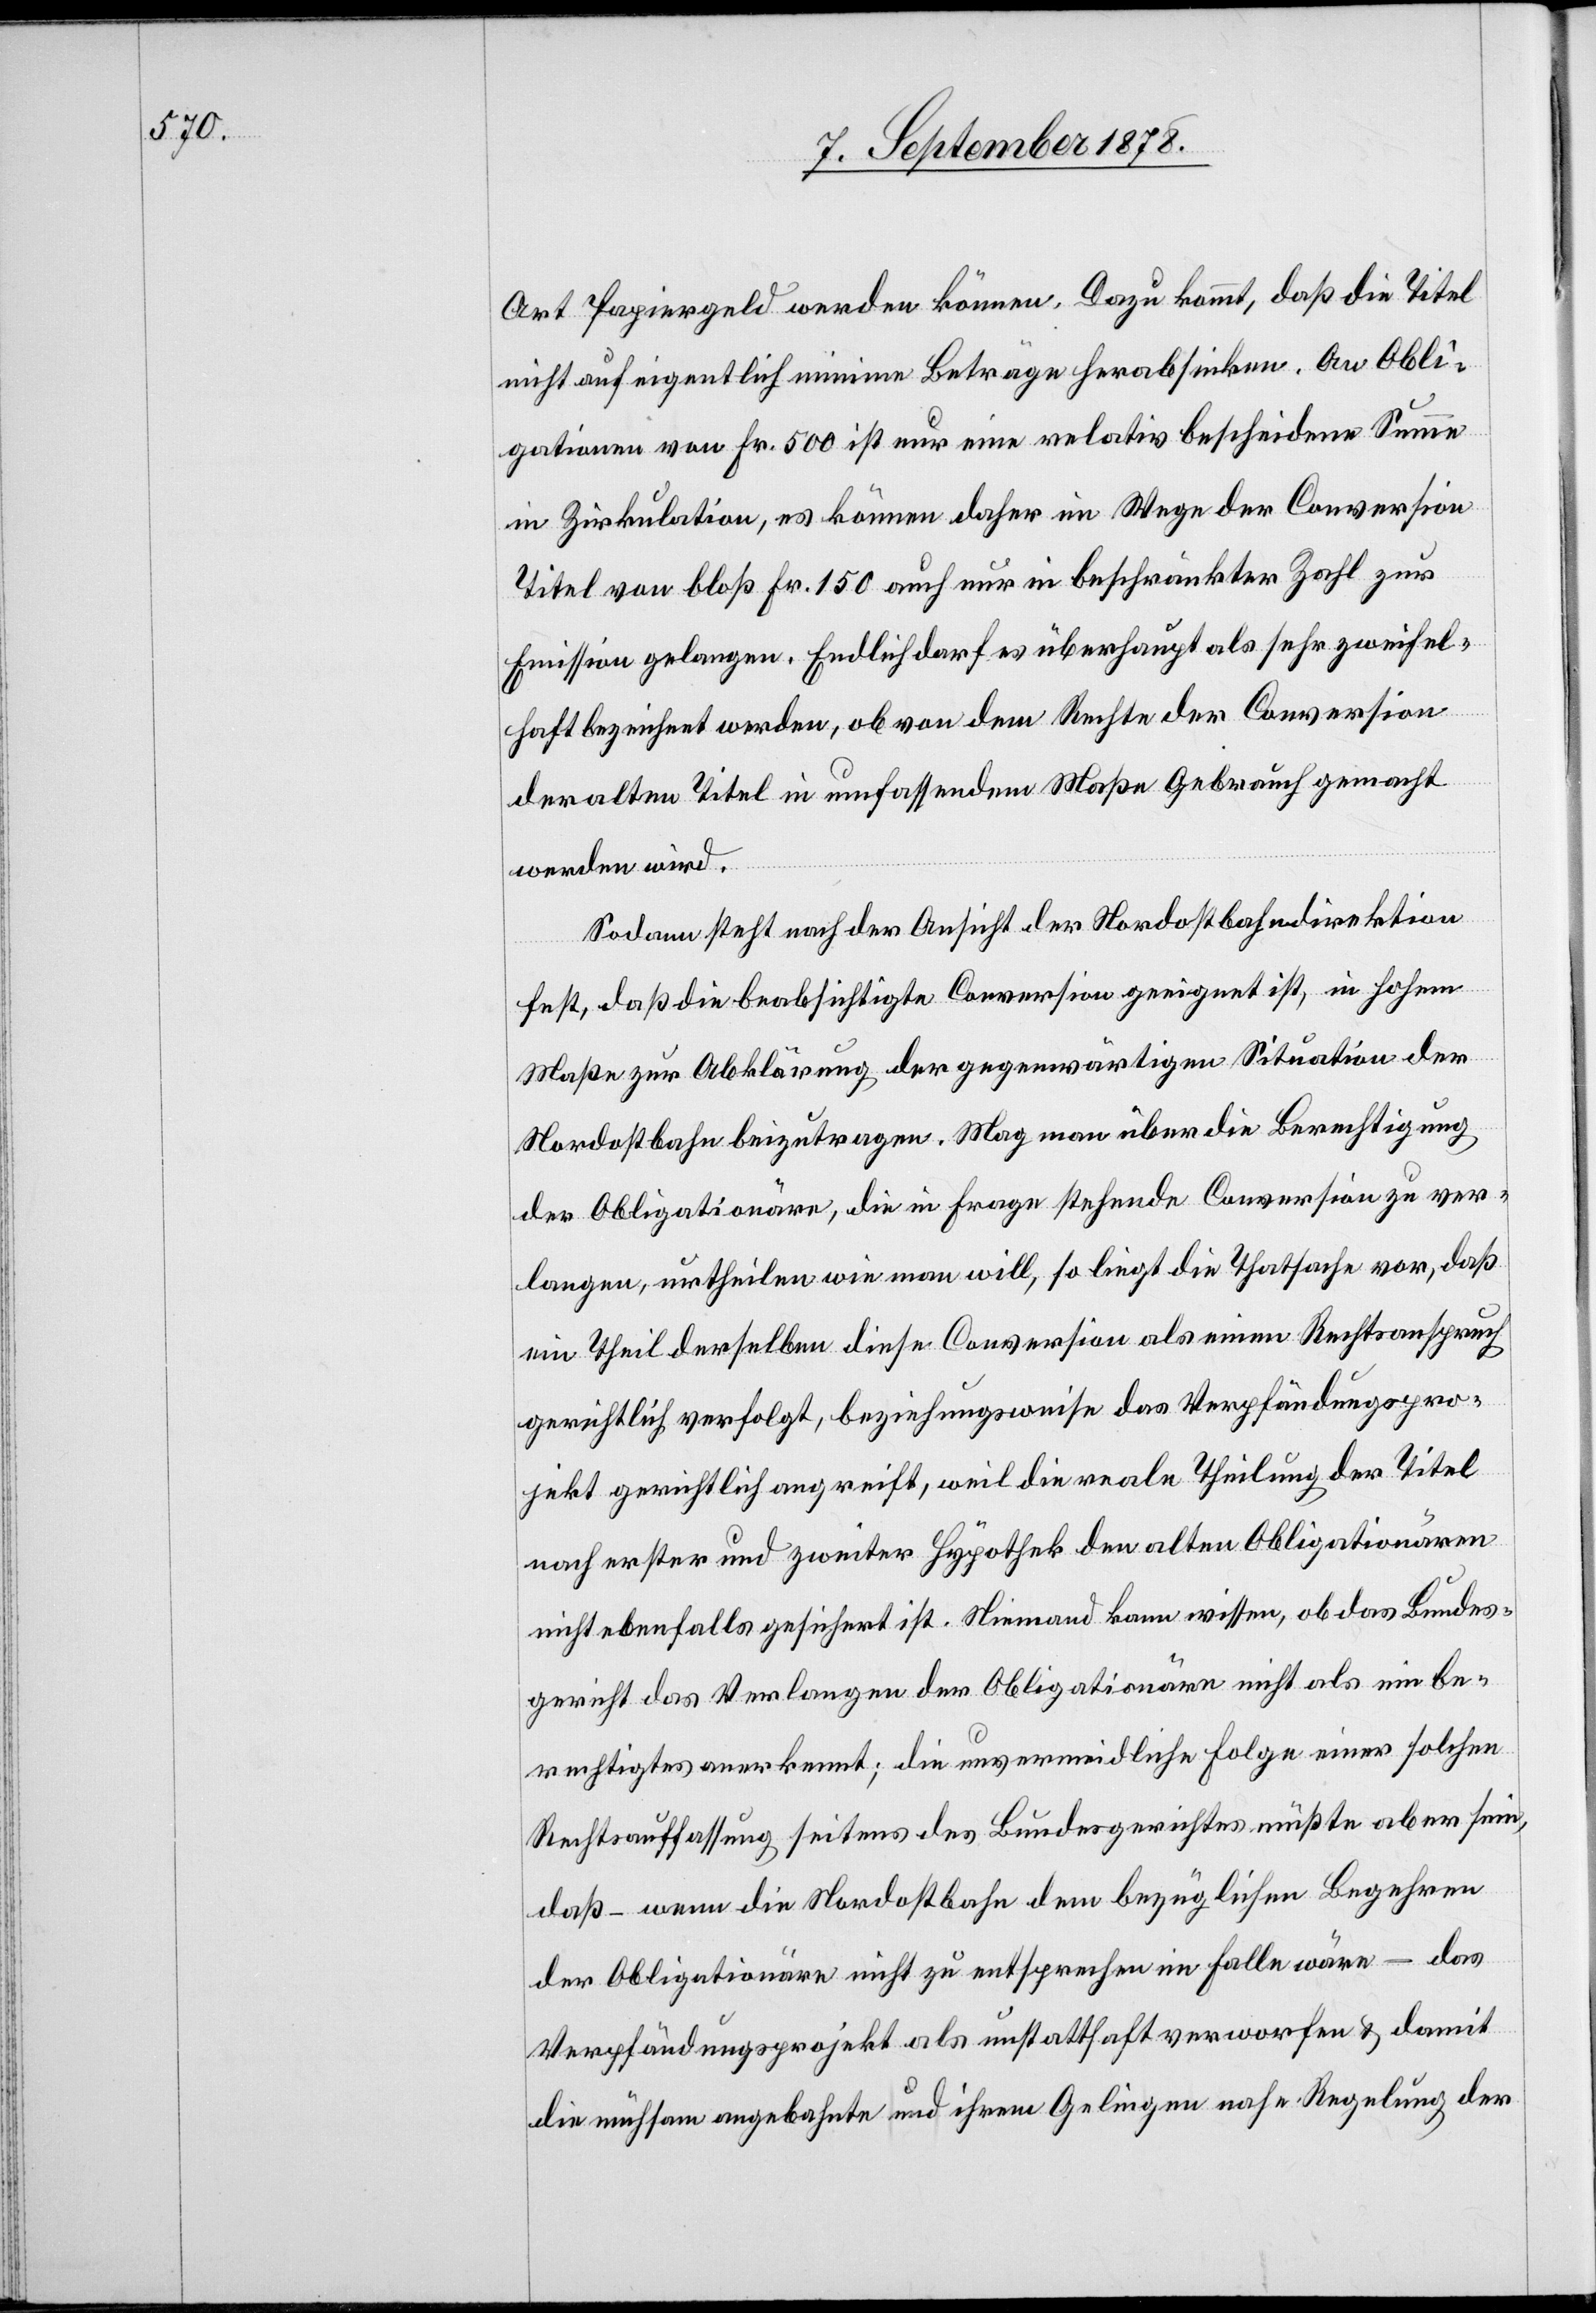
Art Papiergeld werden können. Dazu kommt, daß die Titel
nicht auf eigentlich minime Beträge herabsinken. An Obli¬
gationen von Fr. 500 ist nur eine relativ bescheidene Summe
in Zirkulation, es können daher im Wege der Conversion
Titel von bloß Fr. 150 auch nur in beschränkter Zahl zur
Emmission gelangen. Endlich darf es überhaupt als sehr zweifel¬
haft bezeichnet werden, ob von dem Rechte der Conversion
der alten Titel in umfassendem Maße Gebrauch gemacht
werden wird.
Sodann steht noch der Ansicht der Nordostbahndirektion
fest, daß die beabsichtigte Conversion geeignet ist, in hohem
Maße zur Abklärung der gegenwärtigen Situation der
Nordostbahn beizutragen. Mag man über die Berechtigung
der Obligationäre, die in Frage stehende Conversion zu ver¬
langen, urtheilen wie man will, so liegt die Thatsache vor, daß
ein Theil derselben diese Conversion als einen Rechtsanspruch
gerichtlich verfolgt, beziehungsweise das Verpfändungspro¬
jekt gerichtlich angreift, weil die reale Theilung der Titel
nach erster und zweiter Hypothek den alten Obligationären
nicht ebenfalls gesichert ist. Niemand kann wissen, ob das Bundes¬
gericht das Verlangen der Obligationäre nicht als ein be¬
rechtigtes anerkennt; die unvermeidliche Folge einer solchen
Rechtsauffassung seitens des Bundesgerichtes, müßte aber sein,
daß – wenn die Nordostbahn dem bezüglichen Begehren
der Obligationäre nicht zu entsprechen im Falle wäre – das
Verpfändungsprojekt als unstatthaft verworfen & damit
die mühsam angebahnte und ihrem Gelingen nahe Regelung der